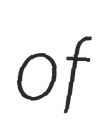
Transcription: of